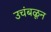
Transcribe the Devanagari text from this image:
उचंबळून